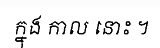
ក្នុង កាល នោះ ។